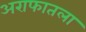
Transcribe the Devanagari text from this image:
अराफातला